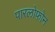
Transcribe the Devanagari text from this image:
पारलोफोन